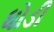
ધોડી